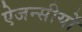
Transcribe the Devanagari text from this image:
ऐजन्सीयों